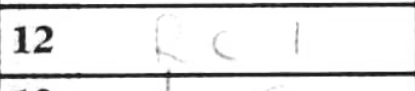
Transcription: Rc1